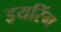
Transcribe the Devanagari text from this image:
इयरिंग